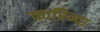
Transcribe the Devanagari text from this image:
कारिन्दा